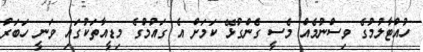
ހުއްޓާލުމުގެ ވިސްނުމެއް މެސީ ގެންގުޅޭ ކަމަށް އެ ގައުމުގެ މިޑީއާތަކުގައި ވަނީ ހަބަރު